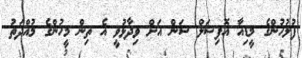
ފުލުހުންގެ މީޑިއާ އޮފިޝަލް ސަން އަށް ވިދާޅުވީ އެ ތިން މީހުންގެ މުއްދަތު